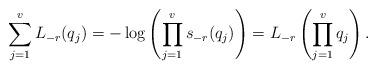
LaTeX: \begin{align*}\sum_{j=1}^vL_{-r}(q_j)=-\log\left(\prod_{j=1}^vs_{-r}(q_j)\right)=L_{-r}\left(\prod_{j=1}^vq_j\right). \end{align*}